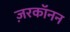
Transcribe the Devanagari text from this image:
ज़रकॉनन